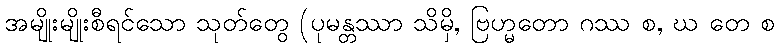
အမျိုးမျိုးစီရင်သော သုတ်တွေ (ပုမန္တဿာ သိမှိ, ဗြဟ္မတော ဂဿ စ, ဃ တေ စ